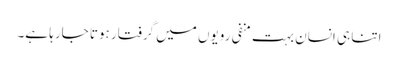
اتنا ہی انسان بہت منفی رویوں میں گرفتار ہوتا جارہا ہے۔